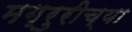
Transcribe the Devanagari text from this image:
मग्रुरीच्या